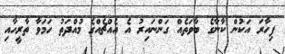
ފިހާރަ އަކުން ކާނާގެ ބާވަތެއް ގަންނައިރު އެ އެއްޗެއްގެ މުއްދަތު ހަމަވާ ތާރީހާއި